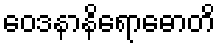
ဝေဒနာနိရောဓောတိ